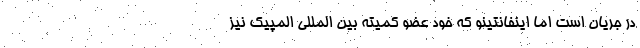
در جریان است اما اینفانتینو که خود عضو کمیته بین المللی المپیک نیز